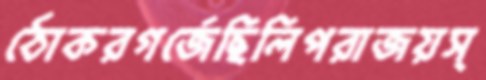
ঠোকরগর্জেছিলিপরাজয়স্